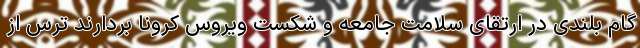
گام بلندی در ارتقای سلامت جامعه و شکست ویروس کرونا بردارند ترس از